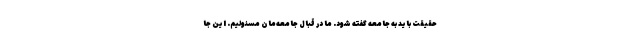
حقیقت باید به جامعه گفته شود. ما در قبال جامعه‌مان مسئولیم. این جا